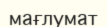
мағлумат